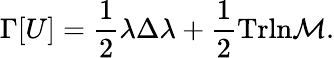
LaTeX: \Gamma[U]=\frac{1}{2}\lambda\Delta\lambda+\frac{1}{2}\mathrm{Tr}\mathrm{ln}{\cal M}.